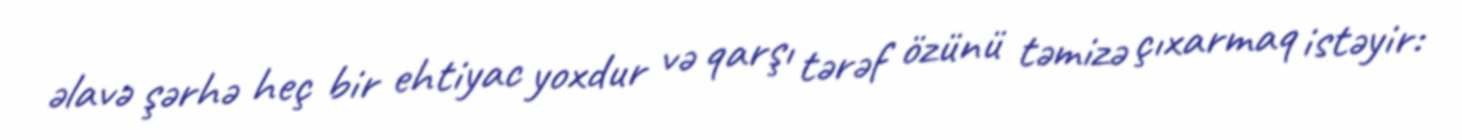
əlavə şərhə heç bir ehtiyac yoxdur və qarşı tərəf özünü təmizə çıxarmaq istəyir: